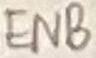
Text: ENB